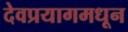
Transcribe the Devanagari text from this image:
देवप्रयागमधून